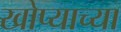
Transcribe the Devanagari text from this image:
खोप्याच्या